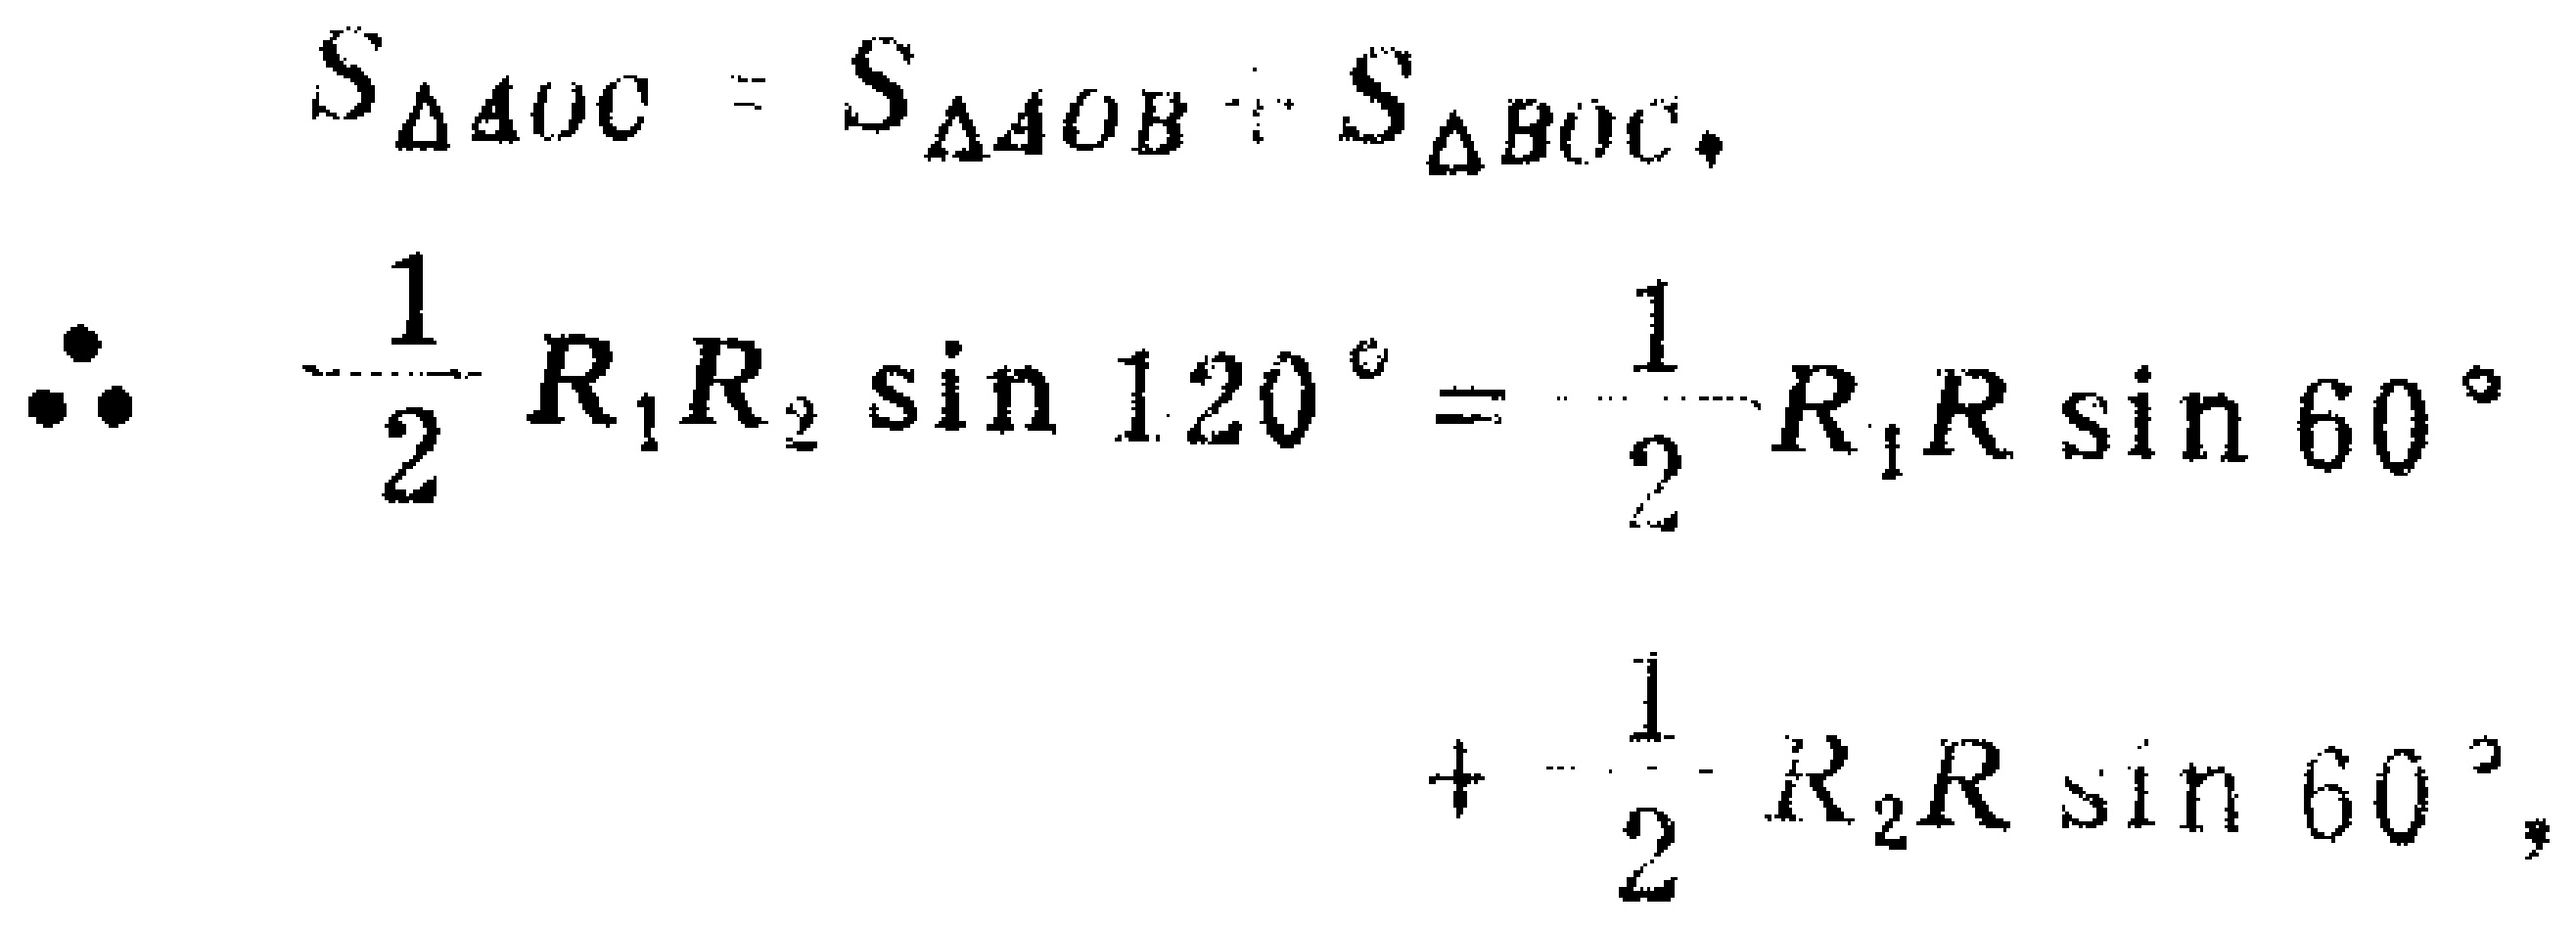
\[
\begin{align*}
S_{\triangle AOC}&=S_{\triangle AOB}+S_{\triangle BOC},\\
\therefore\frac{1}{2}R_1R_2\sin120^{\circ}&=\frac{1}{2}R_1R\sin60^{\circ}\\
&+\frac{1}{2}R_2R\sin60^{\circ},
\end{align*}
\]